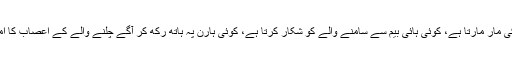
کوئی رفتار کی مار مارتا ہے، کوئی ہائی بیم سے سامنے والے کو شکار کرتا ہے، کوئی ہارن پہ ہاتھ رکھ کر آگے چلنے والے کے اعصاب کا امتحان لیتا ہے۔